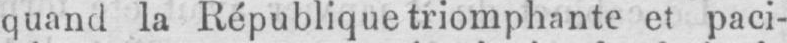
quand la République triomphante et paci-